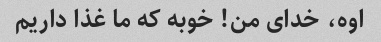
اوه، خدای من! خوبه که ما غذا داریم